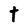
Character: t